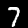
Label: 7